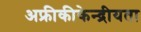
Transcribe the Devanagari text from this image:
अफ्रीकीकेन्द्रीयता